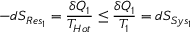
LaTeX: - d S _ { R e s _ { 1 } } = { \frac { \delta Q _ { 1 } } { T _ { H o t } } } \leq { \frac { \delta Q _ { 1 } } { T _ { 1 } } } = d S _ { S y s _ { 1 } }